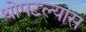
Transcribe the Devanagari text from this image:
थोपटल्यास